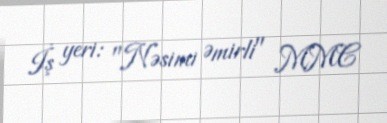
İş yeri: "Nəsimi Əmirli" MMC